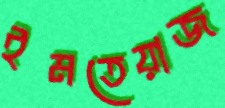
ইমতেয়াজ